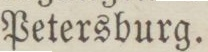
Petersburg.